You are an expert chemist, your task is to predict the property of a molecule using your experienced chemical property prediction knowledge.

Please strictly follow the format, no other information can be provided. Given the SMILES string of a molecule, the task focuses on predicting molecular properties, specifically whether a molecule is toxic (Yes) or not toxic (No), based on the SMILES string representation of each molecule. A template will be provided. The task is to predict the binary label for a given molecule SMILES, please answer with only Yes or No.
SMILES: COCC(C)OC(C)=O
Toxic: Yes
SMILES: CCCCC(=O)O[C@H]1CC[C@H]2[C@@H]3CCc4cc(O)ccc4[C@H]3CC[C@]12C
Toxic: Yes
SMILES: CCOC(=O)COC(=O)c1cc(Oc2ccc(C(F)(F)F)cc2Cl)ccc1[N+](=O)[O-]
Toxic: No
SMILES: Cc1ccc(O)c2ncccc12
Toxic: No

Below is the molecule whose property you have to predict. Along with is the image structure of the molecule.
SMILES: CCCCCCCCCC(CC)c1ccc(S(=O)(=O)O)cc1
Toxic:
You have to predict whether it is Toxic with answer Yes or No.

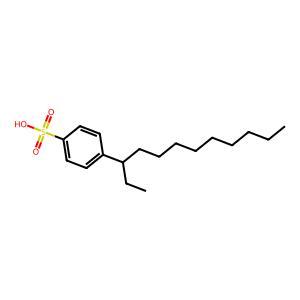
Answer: No